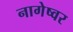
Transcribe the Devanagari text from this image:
नागेष्वर